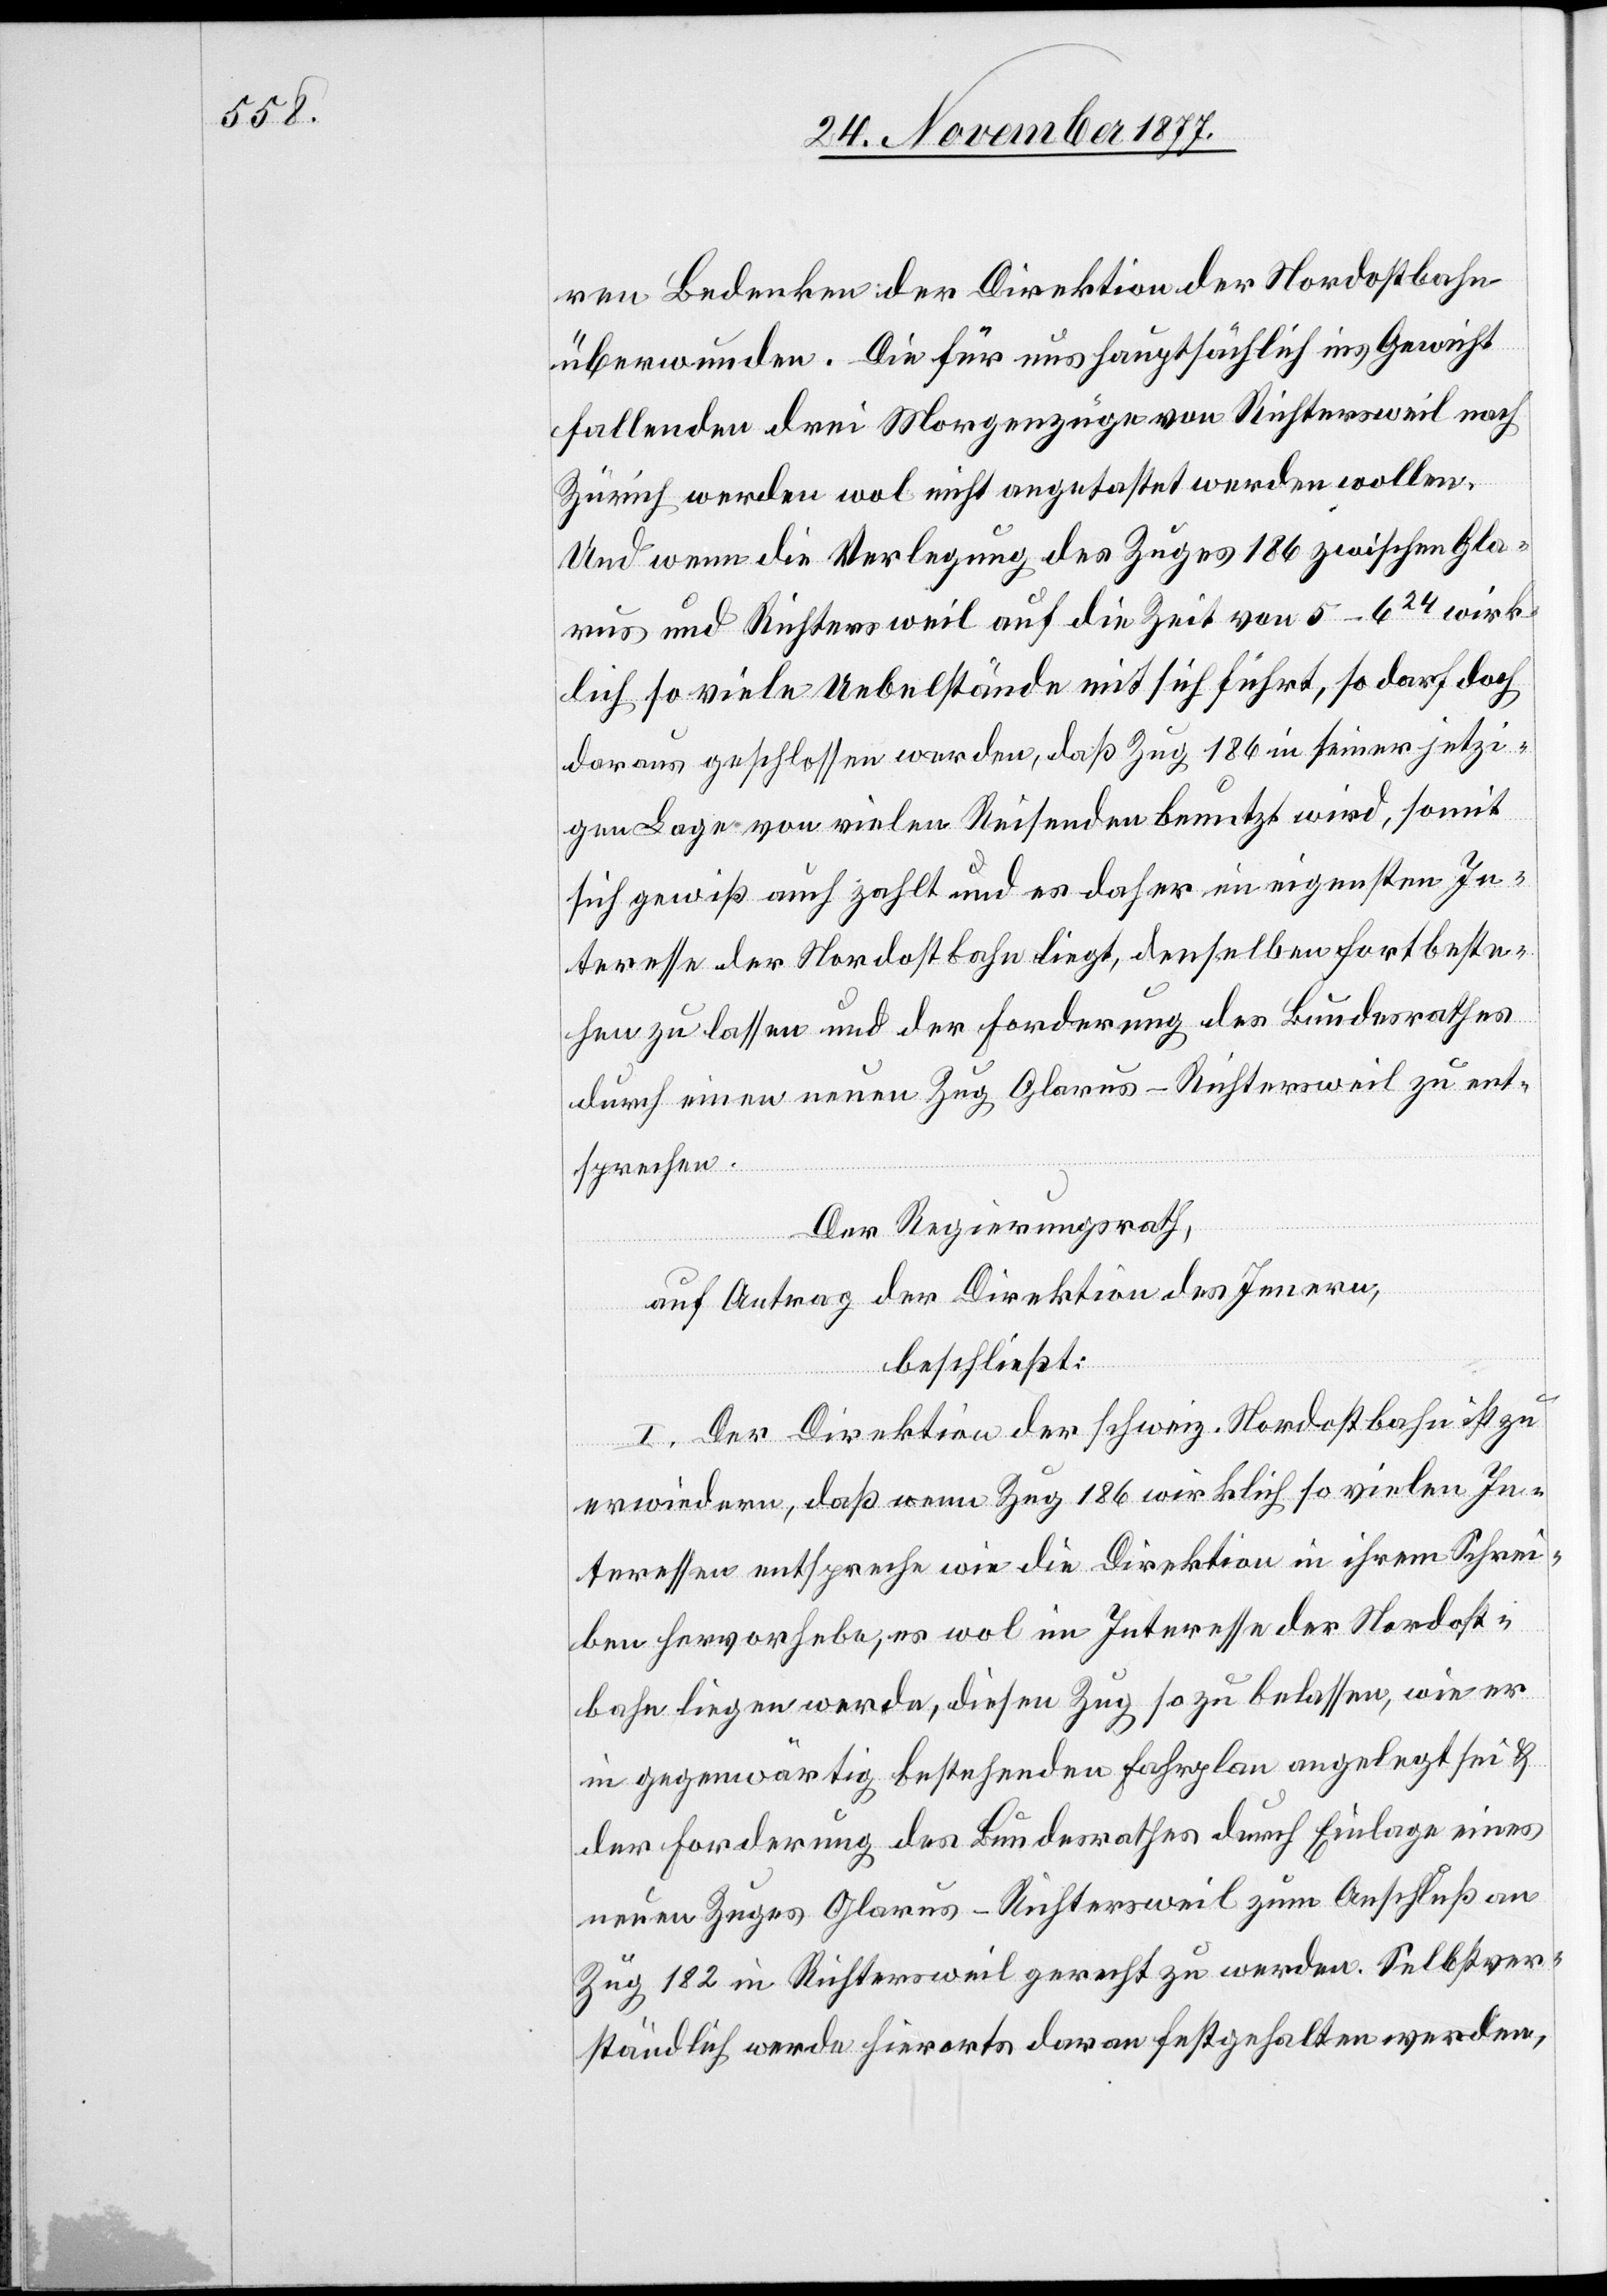
ren Bedenken der Direktion der Nordostbahn
überwunden. Die für uns hauptsächlich ins Gewicht
fallenden drei Morgenzüge von Richtersweil nach
Zürich werden wol nicht angetastet werden wollen.
Und wenn die Verlegung des Zuges 186 zwischen Gla¬
rus und Richtersweil auf die Zeit von 5–624 wirk¬
lich so viele Uebelstände mit sich führt, so darf doch
daraus geschlossen werden, daß Zug 186 in seiner jetzi¬
gen Lage von vielen Reisenden benutzt wird, somit
sich gewiß auch zahlt und es daher im eigensten In¬
teresse der Nordostbahn liegt, denselben fortbeste¬
hen zu lassen und der Forderung des Bundesrathes
durch einen neuen Zug Glarus–Richtersweil zu ent¬
sprechen.
Der Regierungsrath,
auf Antrag der Direktion des Innern,
beschließt:
I. Der Direktion der schweiz. Nordostbahn ist zu
erwiedern, daß wenn Zug 186 wirklich so vielen In¬
teressen entspreche wie die Direktion in ihrem Schrei¬
ben hervorhebe, es wol im Interesse der Nordost¬
bahn liegen werde, diesen Zug so zu belassen, wie er
in gegenwärtig bestehenden Fahrplan angelegt sei &
der Forderung des Bundesrathes durch Einlage eines
neuen Zuges Glarus–Richtersweil zum Anschluß an
Zug 182 in Richtersweil gerecht zu werden. Selbstver¬
ständlich werde hierorts daran festgehalten werden,